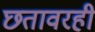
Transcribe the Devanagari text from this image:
छतावरही